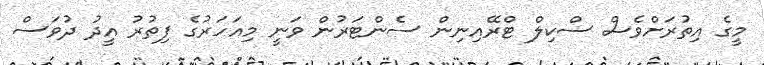
މީގެ އިތުރަށްވެސް ސްކިލް ޓްރޭއިނިން ސެންޓަރުން ވަނީ މިއަހަރުގެ ފިތުރު އީދު ދުވަސް